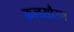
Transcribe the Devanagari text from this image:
कुलसौरभ